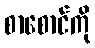
စာစောင်ကို